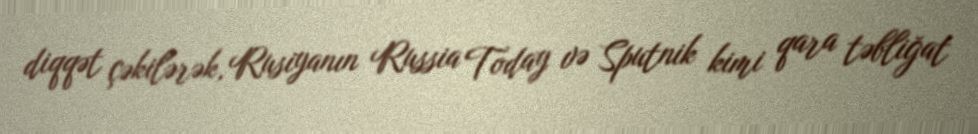
diqqət çəkilərək, Rusiyanın Russia Today və Sputnik kimi qara təbliğat